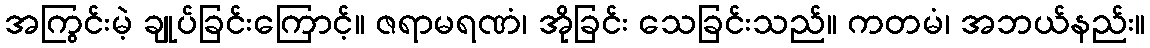
အကြွင်းမဲ့ ချုပ်ခြင်းကြောင့်။ ဇရာမရဏံ၊ အိုခြင်း သေခြင်းသည်။ ကတမံ၊ အဘယ်နည်း။